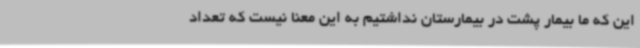
این که ما بیمار پشت در بیمارستان نداشتیم به این معنا نیست که تعداد